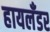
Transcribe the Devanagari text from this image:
हायलँडर